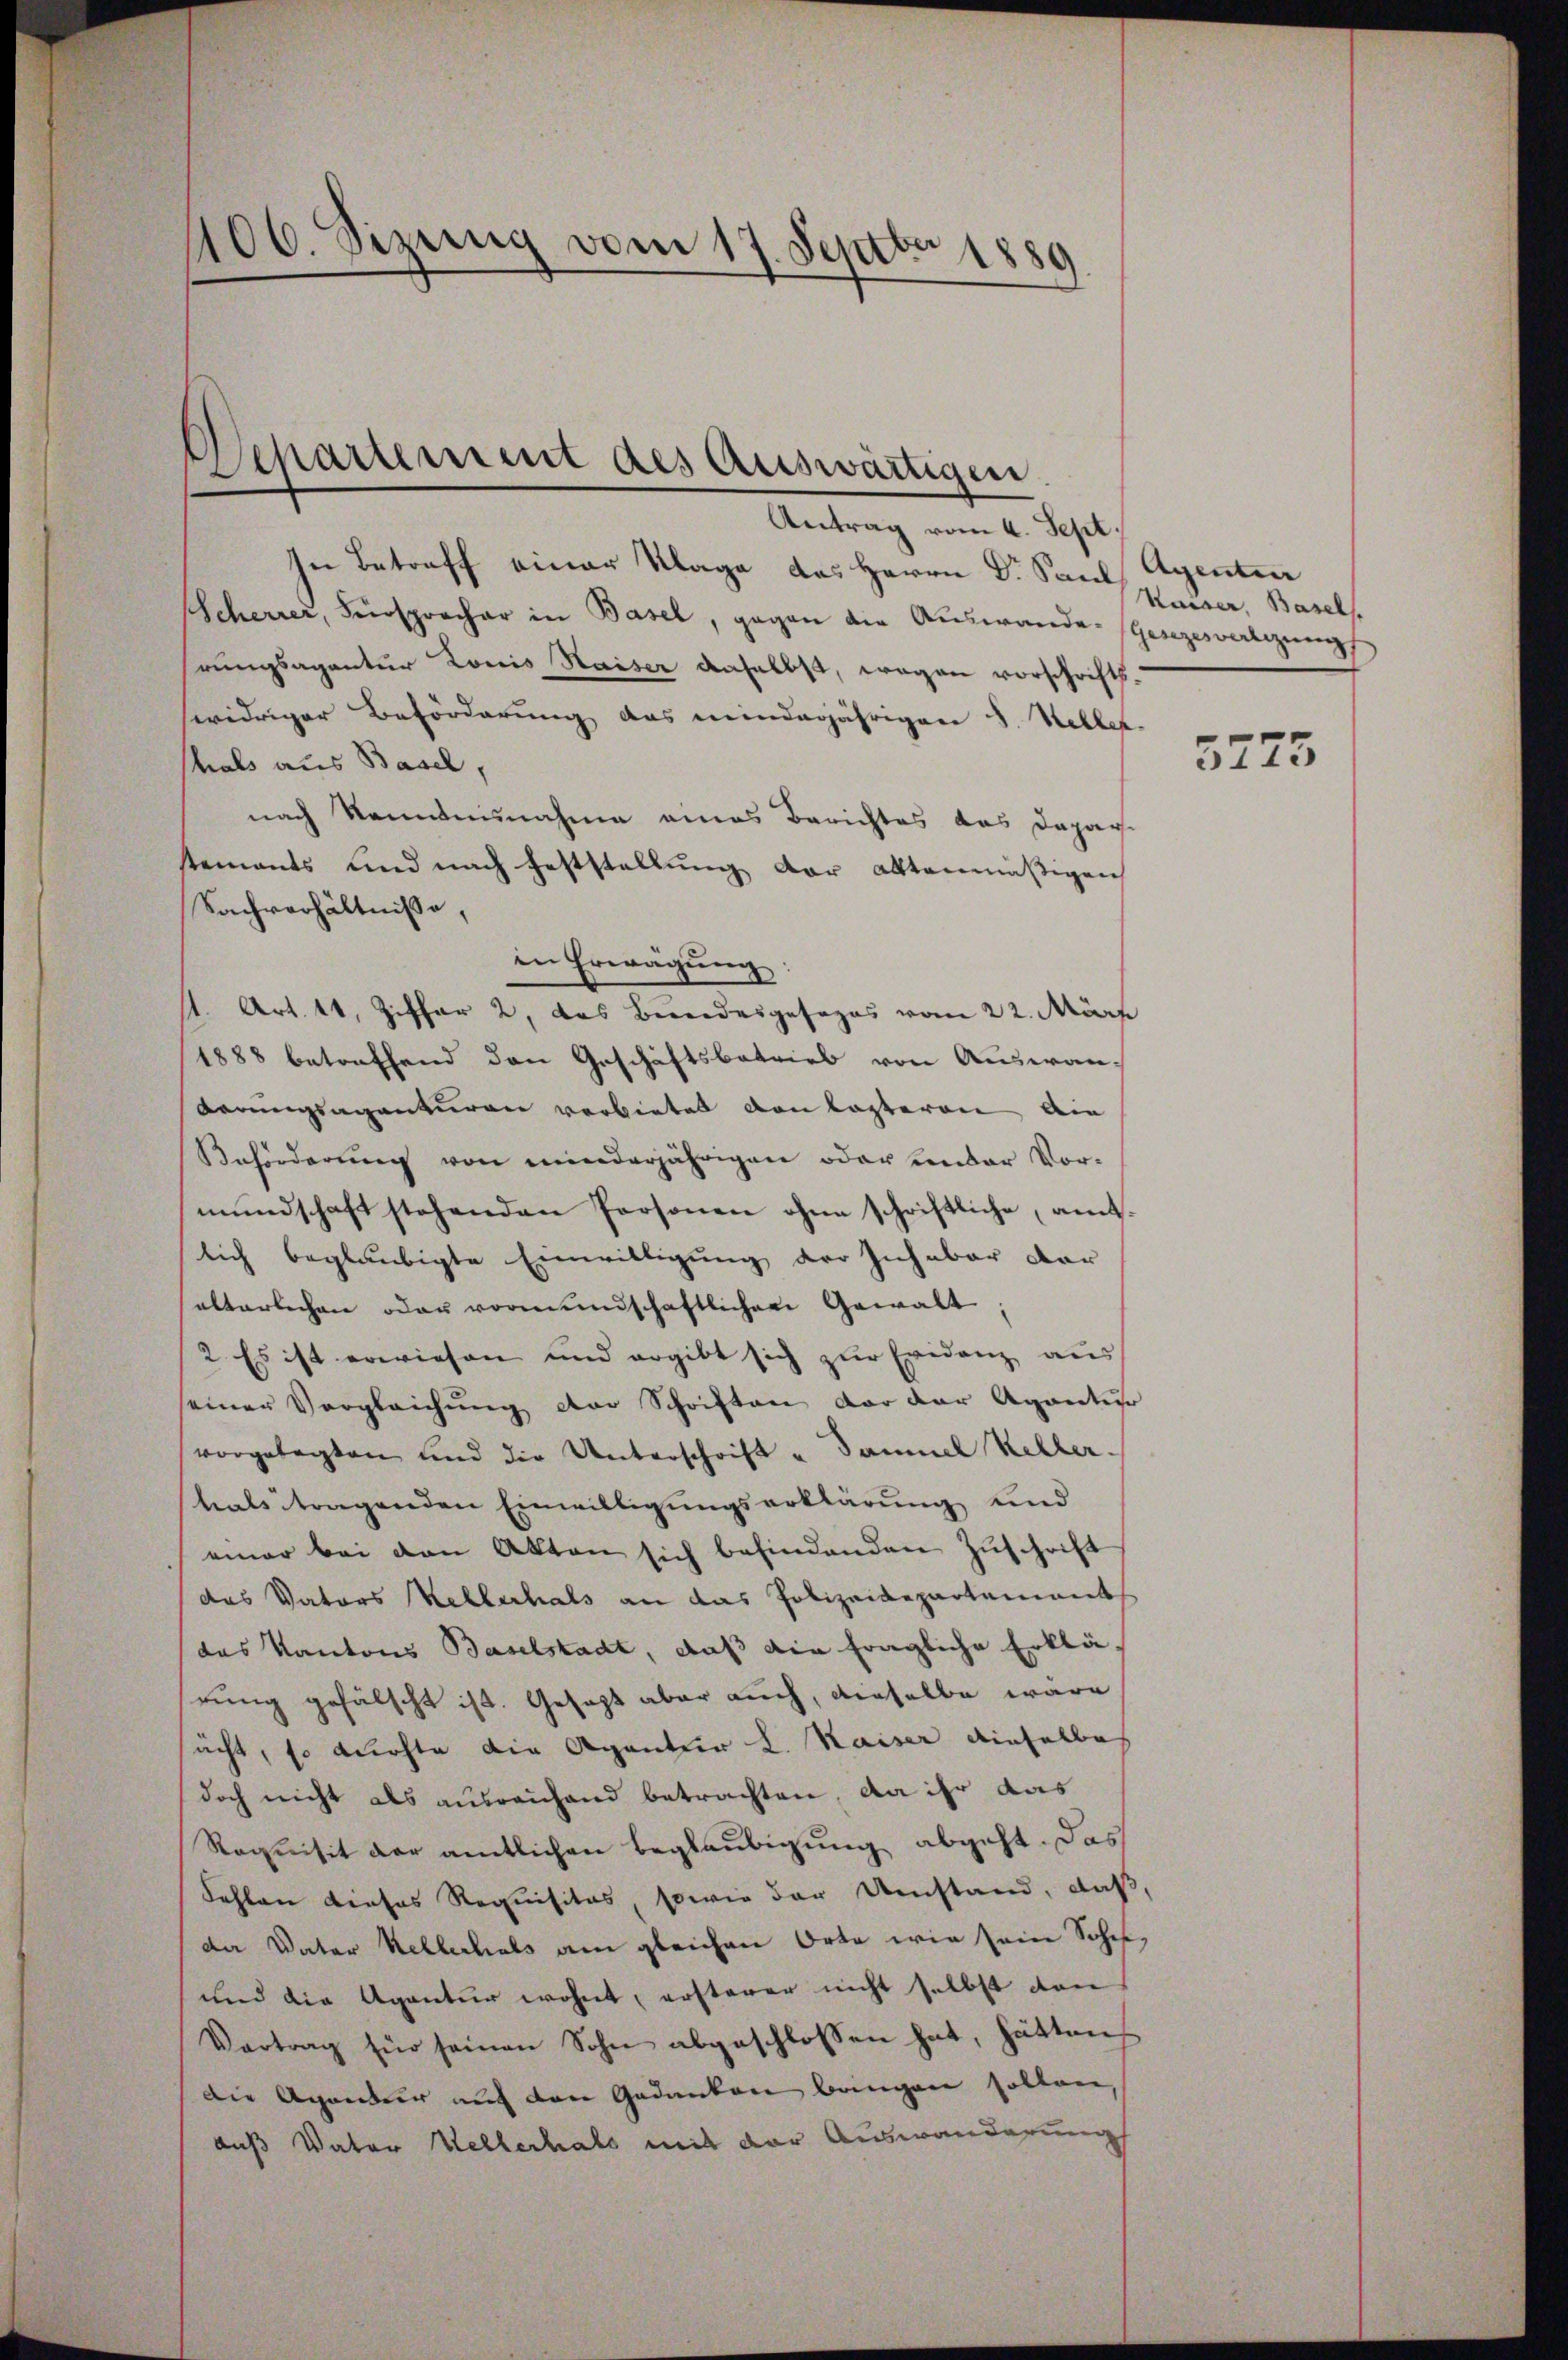
406. Sizung vom 17. Septbr 1889.

Departement des Auswärtigen

In Betreff einer Klage des Herrn Dr. Sand, Agenten
Scherrer, Fürsprocher in Basel, gegen die Auswande ganzesvertigung
rungsagantur Louis Kaiser anselbst, wegen vorschrift.
widriger Beförderung das minderjährigen 3. Keller.
shals aus Basel,
nach Kenntnisnahme eines Berichtes das Depar-
tements und nach Feststellung der attenmäßigen
Sachverhältnisse,
in Erwägung
st. Art. 11, Ziffer 2, das Bundesgesages vom 22. März
1888 betreffend den Geschäftsbetrieb von Auswan-
Orrungsagenturen verbietet von Kasteren die
Beförderung von minderjährigen oder ander Vormundschaft stehenden Personen ohne schriftliche, amtlich beglaubigte Einwilligung der Inhaber dar
salterlichen oder vormundschaftlichen Gewalt;
2. Es ist erwiesen und ergibt sich zur Evidenz aus
seiner Vergleichung der Schriften vor der Agantur
vorgelegten und die Unterschrift u Samuel Keller-
hals tragenden Einwilligungserklärung und
einer bei den Akten sich befindenden Zuschrift
das Vaters Kellerhals an das Polizeidepartements
das Kantons Baselstadt, daß die fragliche Erklä-
eung gefälscht ist. Gesezt aber auch, dieselbe wäre
acht, so durchte die Agenter L. Kaiser dieselbe
doch nicht als ausreichend betrachten, da ihr das
Requisit der amtlichen Beglaubigung abgeht. Das
Sohlen dieses Requisitas, sowie der Umstand, daß,
da Vater Kellerhals am gleichen Orte wie sein Sohn,
und die Agentur wohnt, ersterer nicht selbst den
Vortrag für seinen Sohn abgeschlossen hat, hätten
Die Agentur auf den Gedanken bringen sollen,
auß Vater Hellerhals mit der Auswanderung

Antrag vom 4. Sept.

Kaiser, Basels.

5273